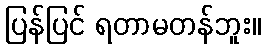
ပြန်ပြင် ရတာမတန်ဘူး။